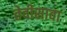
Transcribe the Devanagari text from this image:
तेवीसावा